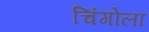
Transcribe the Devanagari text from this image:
चिंगोला